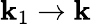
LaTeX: {\mathbf k}_{1}\to{\mathbf k}